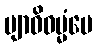
ဗျာဓိဓမ္မံပေ